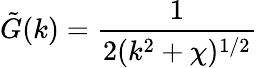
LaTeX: \tilde{G}(k)={\frac{1}{2(k^{2}+\chi)^{1/2}}}